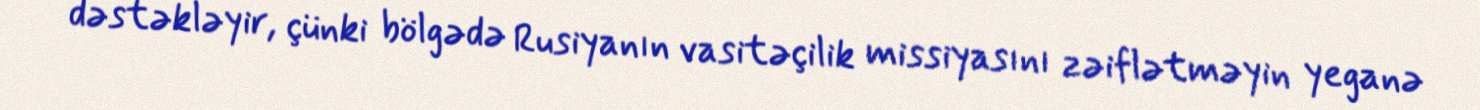
dəstəkləyir, çünki bölgədə Rusiyanın vasitəçilik missiyasını zəiflətməyin yeganə